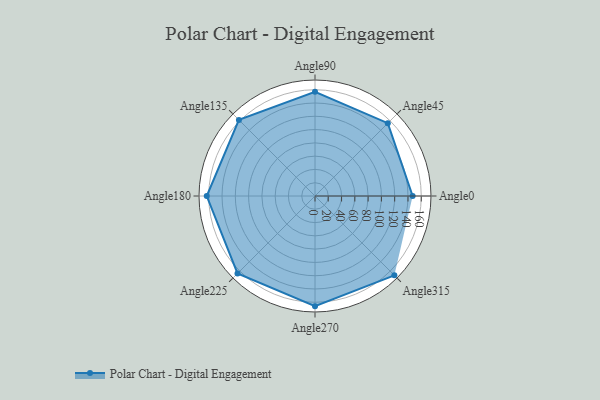
{"axis": {"x": "Angle", "y": "Radius"}, "legend": [""], "data": [{"x": "Angle0", "y": 147.0, "type": ""}, {"x": "Angle45", "y": 155.0, "type": ""}, {"x": "Angle90", "y": 157.0, "type": ""}, {"x": "Angle135", "y": 162.0, "type": ""}, {"x": "Angle180", "y": 163.0, "type": ""}, {"x": "Angle225", "y": 165.0, "type": ""}, {"x": "Angle270", "y": 166.0, "type": ""}, {"x": "Angle315", "y": 169.0, "type": ""}]}